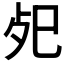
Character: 𢀸